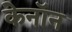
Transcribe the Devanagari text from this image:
केनॉन